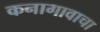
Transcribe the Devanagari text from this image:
कनागावाचा